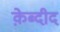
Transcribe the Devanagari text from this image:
क़ेब्दीद